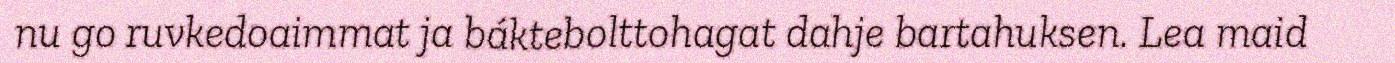
nu go ruvkedoaimmat ja báktebolttohagat dahje bartahuksen. Lea maid